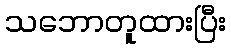
သဘောတူထားပြီး